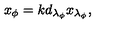
x _ { \phi } = k d _ { \lambda _ { \phi } } x _ { \lambda _ { \phi } } ,